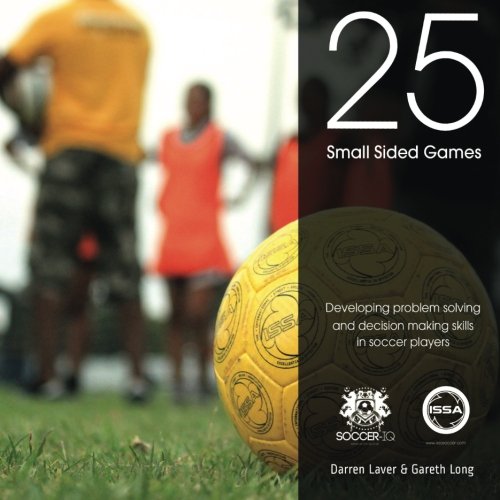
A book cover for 25 Small Sided Games: Developing problem solving and decision making skills in soccer players; Darren Laver; Sports & Outdoors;